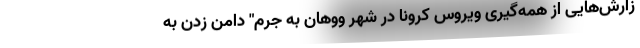
زارش‌هایی از همه‌گیری ویروس کرونا در شهر ووهان به جرم" دامن زدن به